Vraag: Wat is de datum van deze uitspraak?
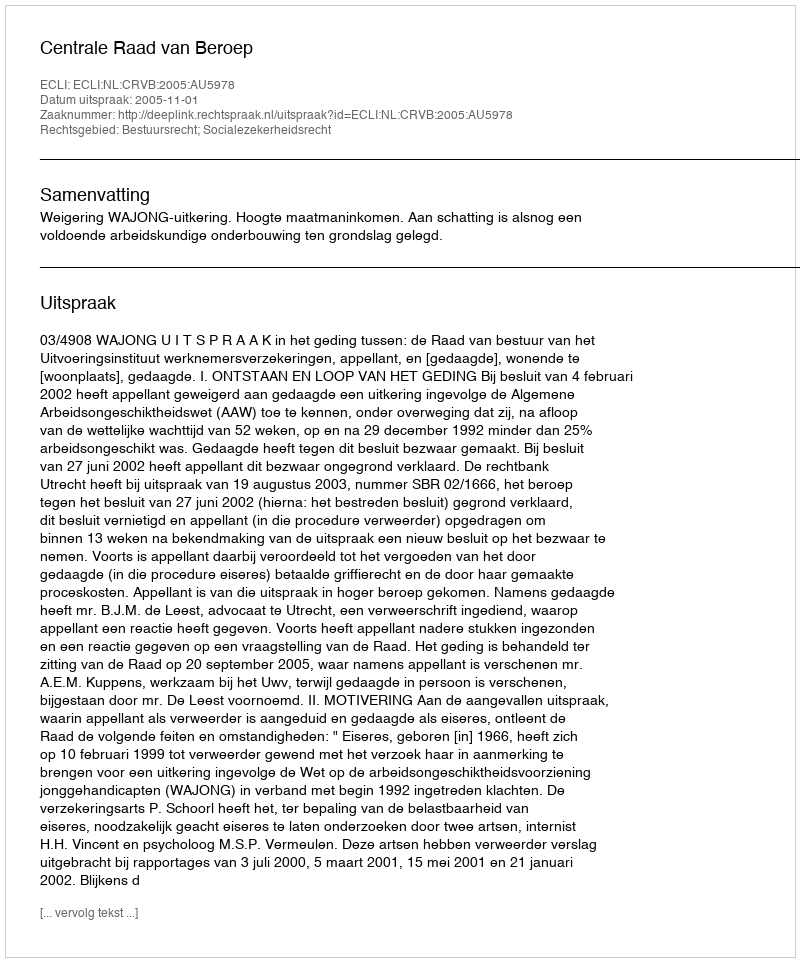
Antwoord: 2005-11-01